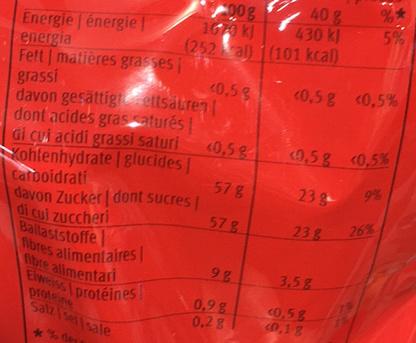
Energie énergie energia
Fett | matières grasses
grassi
davon gesättigtettsäuren dont acides grasaturés di cui acidi grassi saturi Kohlenhydrate | glucides |
Carboidrati
008 1670 kj (252al)
<0,5 g
davon Zucker| dont sucres |
di cui zuccheri
Ballaststoffe fibres fibre alimentari Elweiss protéines
alimentaires
proteine
Salz sel sale *% ders
<0,5 g
57 g
57 g
98
0,98
0,2%
40 g
430 kl
(101 kcal)
<0,5 g <0,5%
%* 5%
<0,5 g
23 3
23g 26%
3,5g
<0,5 g
<0,1 g
<0,5%
9%